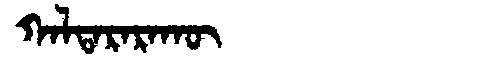
Manchu: ᡴᠠᠯᡨᠠᡵᠠᡵᠠᡴᡡ
Romanization: KALTARARAKŪ